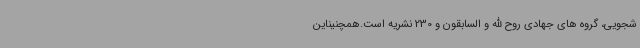
شجویی، گروه های جهادی روح الله و السابقون و 230 نشریه است.همچنیناین